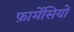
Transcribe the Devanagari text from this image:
फ़ार्मेसियों